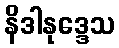
နိဒါနုဒ္ဒေသ